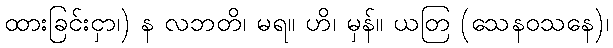
ထားခြင်းငှာ၊) န လဘတိ၊ မရ။ ဟိ၊ မှန်။ ယတြ (သေနဝသနေ)၊